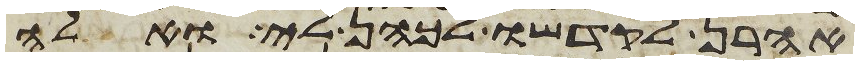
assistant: אהרן לקדשו לכהן לי ואלה